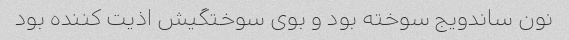
نون ساندویج سوخته بود و بوی سوختگیش اذیت کننده بود